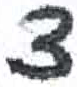
אות: צ